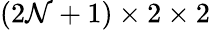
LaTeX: {(2\mathcal{N}+1)\times2\times2}